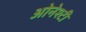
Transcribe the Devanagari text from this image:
ओनेश्टी